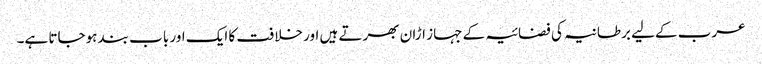
عرب کےلیے برطانیہ کی فضائیہ کے جہاز اڑان بھرتے ہیں اور خلافت کا ایک اور باب بند ہوجاتا ہے۔